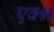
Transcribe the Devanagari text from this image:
एक्श्न